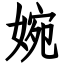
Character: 婉